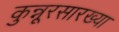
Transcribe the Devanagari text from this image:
कुन्नूरसारख्या